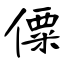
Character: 僳